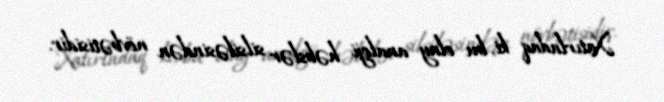
Xatırladaq ki, bu olay analoji həbslər silsiləsindən növbətisidir.